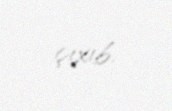
çıxıb.